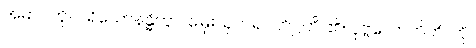
အမာဝကို။ ပရိယောနန္ဓိတွာ၊ မြှေးယှက်၍။ တိဋ္ဌတိ၊ ၏။ ပုဗ္ဗလောဟိတံ၊ ကို။